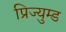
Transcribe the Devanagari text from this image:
प्रिज्युम्ड